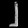
Digit: ၂